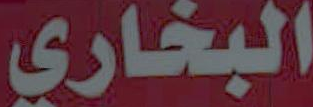
البخاري